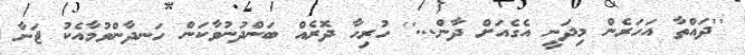
''ދައްތާ އަހަރެން މިދަނީ އެގެއަށް ދާން...'' ހުރިހާ ދޮރެއް ބަންދުނުވާކަން ހަނދާންވުމާއެކު ޖަނާ